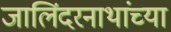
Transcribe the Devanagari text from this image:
जालिंदरनाथांच्या